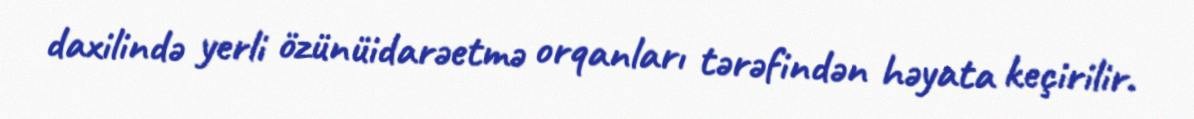
daxilində yerli özünüidarəetmə orqanları tərəfindən həyata keçirilir.